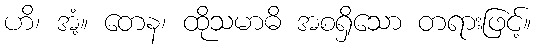
ဟိ၊ အံ့။ တေန၊ ထိုသမာဓိ အစရှိသော တရားဖြင့်။